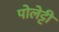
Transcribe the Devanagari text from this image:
पोलेट्टी